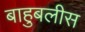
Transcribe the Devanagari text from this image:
बाहुबलीस